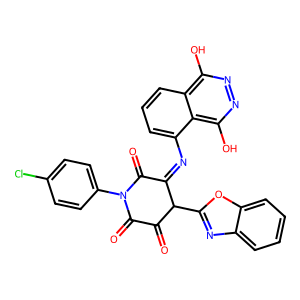
SMILES: O=C1C(=O)N(c2ccc(Cl)cc2)C(=O)C(=Nc2cccc3c(O)nnc(O)c23)C1c1nc2ccccc2o1
Inhibits HIV replication: No